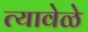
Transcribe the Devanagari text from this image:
त्यावेळे